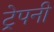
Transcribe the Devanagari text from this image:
ट्रेपनी